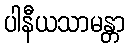
ပါနီယသာမန္တာ